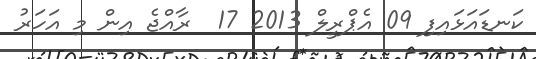
ކަނޑައަޅައިފި 09 އެޕްރީލް 2013 17  ރާއްޖެ އިން މި އަހަރު